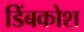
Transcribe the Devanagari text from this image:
डिंबकोश